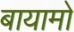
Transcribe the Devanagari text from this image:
बायामो